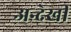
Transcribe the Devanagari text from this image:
अन्देखी